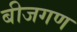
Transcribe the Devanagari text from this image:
बीजगण